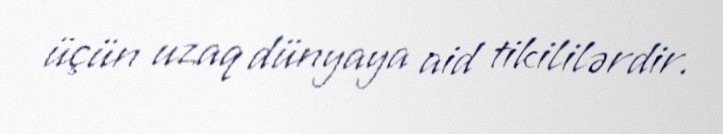
üçün uzaq dünyaya aid tikililərdir.